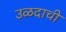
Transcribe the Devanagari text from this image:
उळदाची